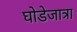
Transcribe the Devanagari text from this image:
घोडेजात्रा